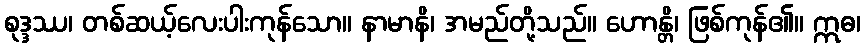
စုဒ္ဒဿ၊ တစ်ဆယ့်လေးပါးကုန်သော။ နာမာနိ၊ အမည်တို့သည်။ ဟောန္တိ၊ ဖြစ်ကုန်၏။ ဣဓ၊